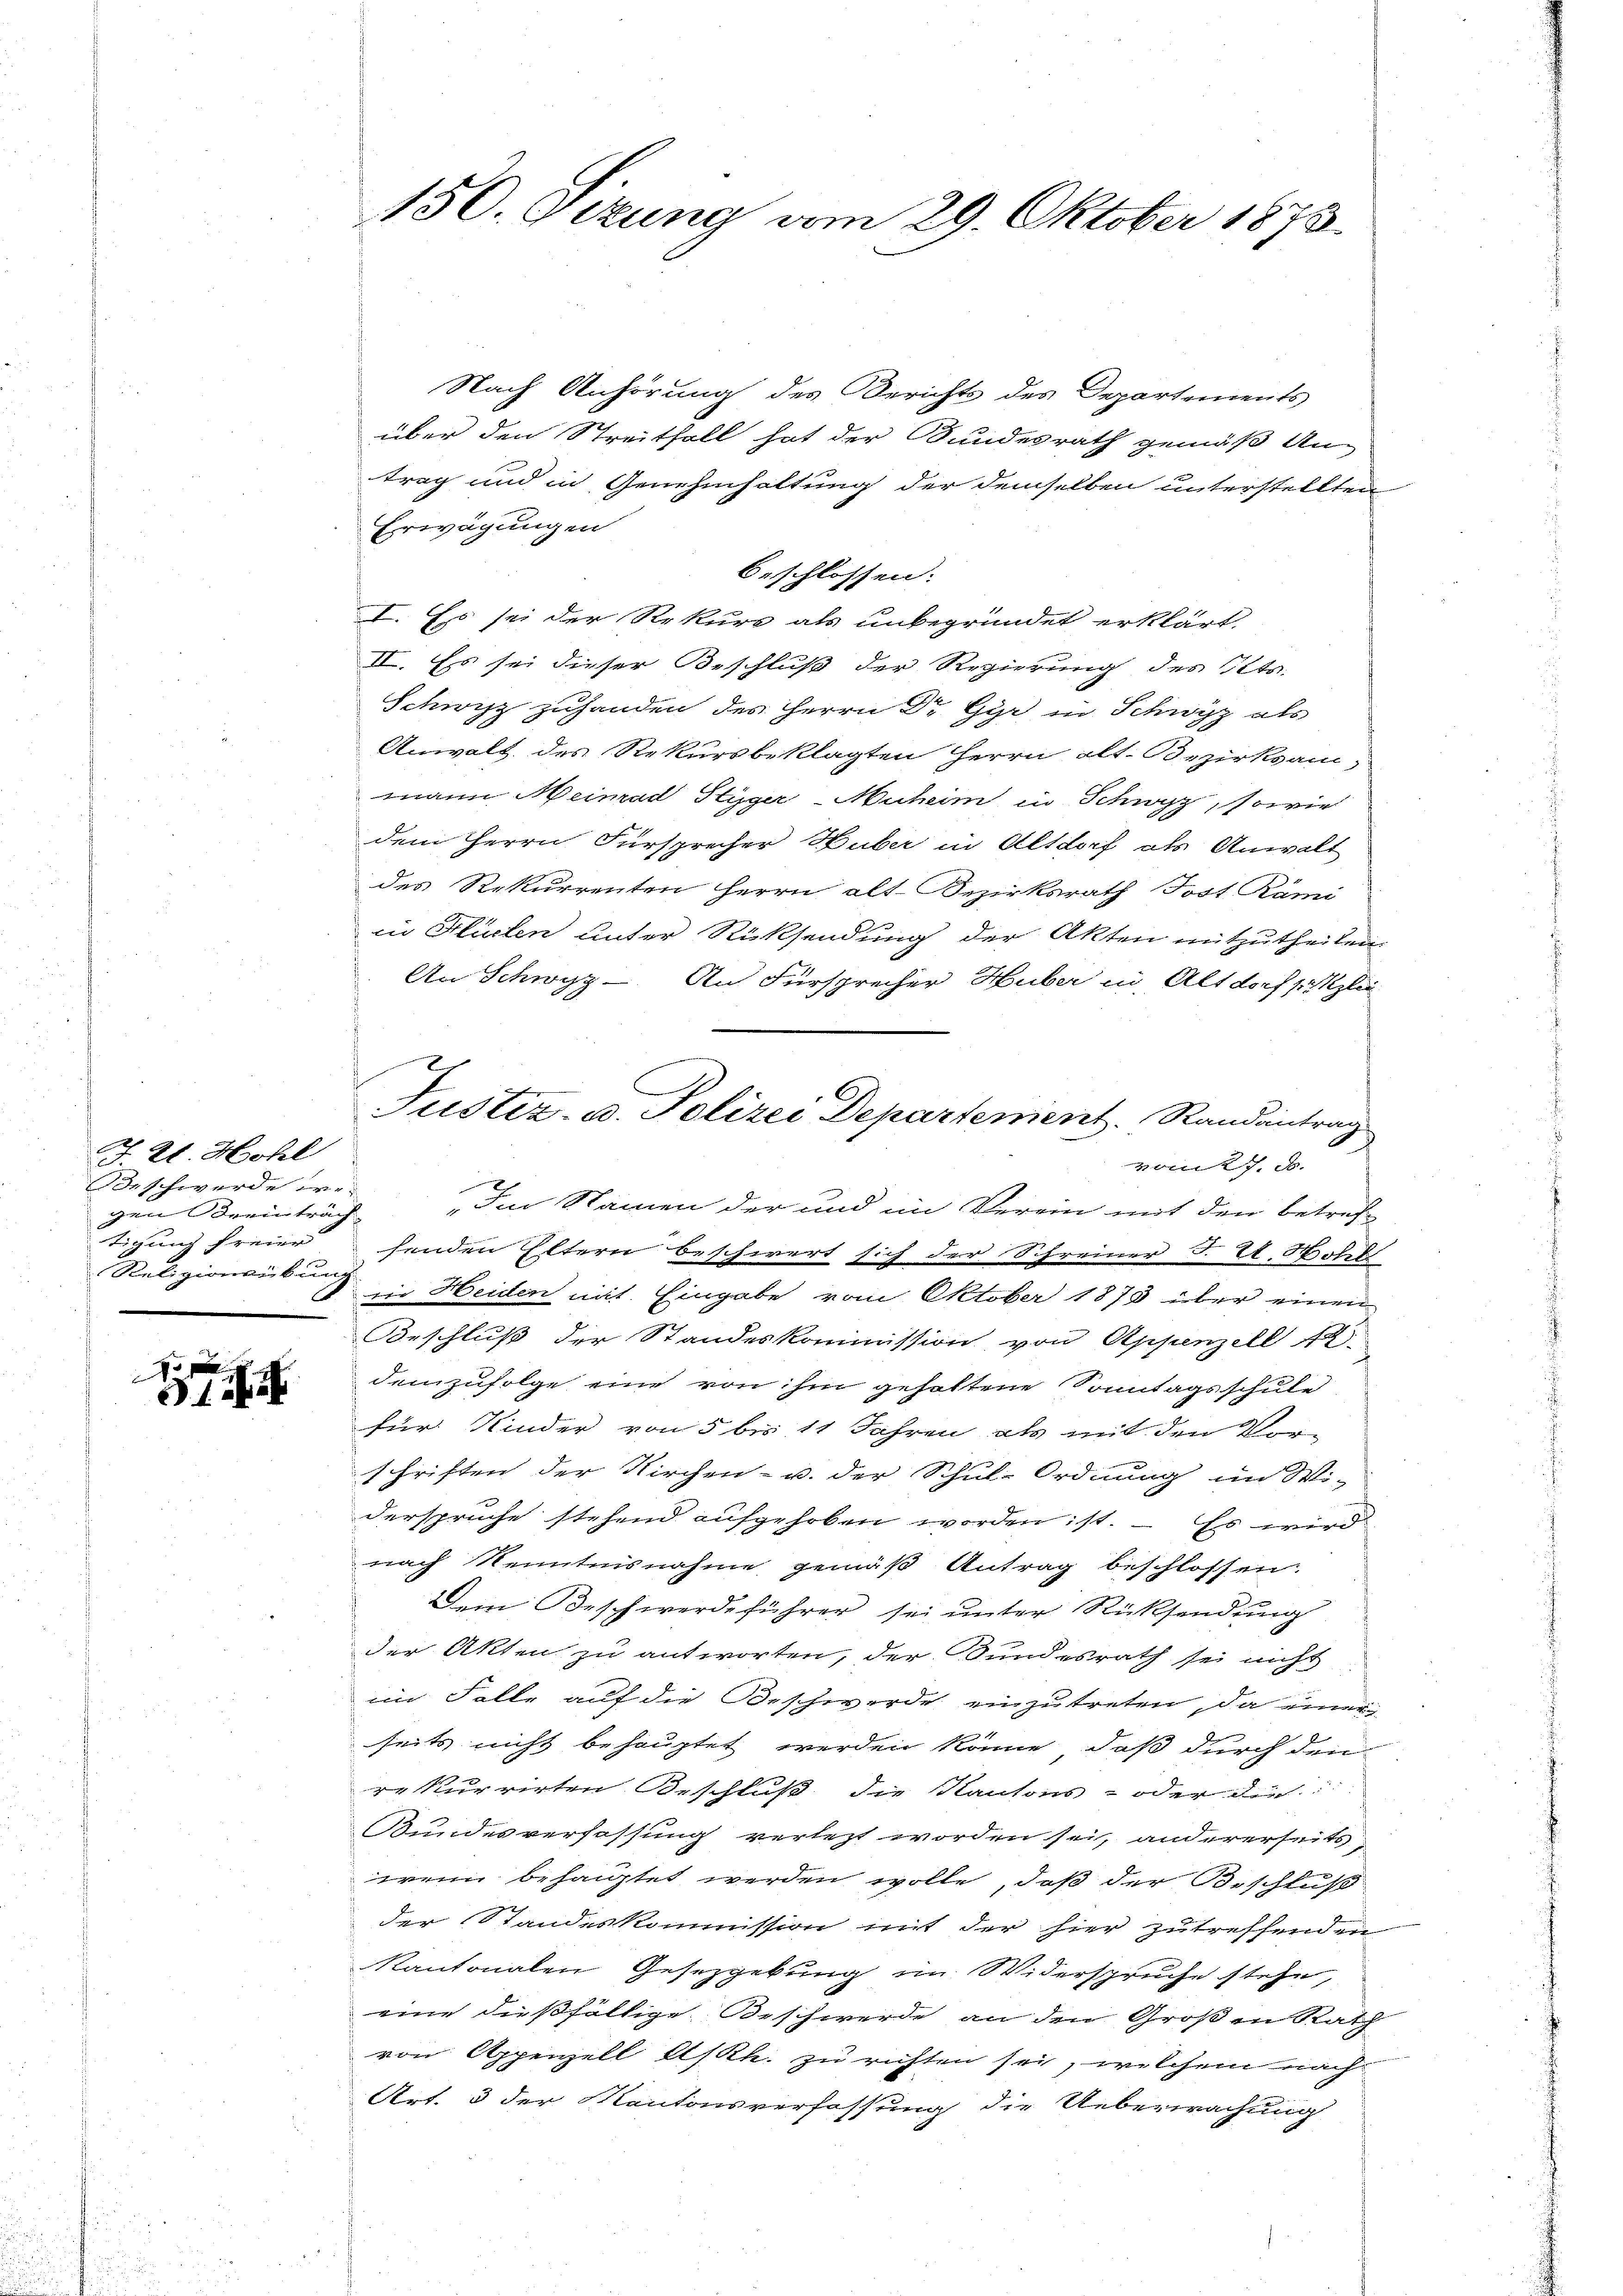
J. 21. Hohl
Beschwerde we-
gen Breinträch
tigung freier
Religionsübung.

f
31

Nach Anhörung des Berichts des Departements
über den Streitfall hat der Bundesrath gemäß An-
trag und in Genehmhaltung der demselben unterstellten
Erwägungen
beschlossen:
I. Es sei der Rekurs als unbegründet erklärt.
II. Es sei dieser Beschluß der Regierung des Kts.
Schwyz zuhanden des Herrn Dr. Gyr in Schwyz als
Anwalt des Rekursbeklagten Herrn alt. Bezirksam,
mann Meinrad Styger Muheim in Schwyz, sowie
dem Herrn Fürsprecher Huber in Altdorf als Anwalt
des Rekurrenten Herrn alt-Bezirksrath Jost Rämi
in Flüelen unter Rücksendung der Akten mitzutheilen.
 An Schwyz - An Fürsprecher Huber in Altdorf Klin
vom 27. J.
2
„Im Namen der und im Verein mit den betref-
henden Eltern beschwert sich der Schreiner J. E. Hohl
ein Heiden mit Eingabe vom Oktober 1873 über einen
Beschluß der Standeskommission von Appenzell
demzufolge eine von ihm gehaltene Sonntagsschule
für Kinder von 5 bis 11 Jahren als mit den Vor-
schriften der Kirchen- u. der Schul-Ordnung im Wi-
derspruche stehend aufgehoben worden ist. – Es wird
nach Kenntnisnahme gemäß Antrag beschlossen.
Dem Beschwerdeführer sei unter Rücksendung
der Akten zu antworten, der Sundesrath sei nicht
im Falle auf die Beschwerde einzutreten, da einer
seits nicht behauptet werden könne, daß durch den
re kurrirten Beschluß die Kantons- oder die
Kundesverfassung verlezt worden sei, andererseits,
wenn behauptet werden wolle, daß der Beschluß
der Standeskommission mit der hier zutreffenden
Kantonalen Gesetzgebung im Widerspruche stehe,
eine dießfällige Beschwerde, an den Großen Rath
von Appenzell A/Rh. zu richten sei, welchem nach
Art. 3 der Kantonsverfassung die Ueberwachung

150. Sitzung vom 29. Oktober 1873.

Justiz- u. Polizei Departement. Randantrag